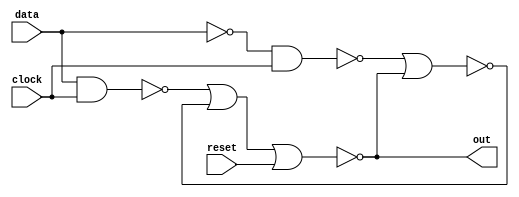
module dLatch(out,data,clock,reset);

	output out;
	input data, clock ,reset;

	wire w0, w1, w2, out_bar;

	not (w0, data);
	nand (w1, data, clock);
	nand (w2, w0, clock);
	nor (out, w1, out_bar, reset);
	nor (out_bar, w2, out);

endmodule
/*
module test_bench;
	wire Q;
	reg data, clock, reset;
	// Instantiating module dLatch
	dLatch inst(Q, d, clk, reset);
	initial
		begin
			reset = 1'b1;
			clock = 1'b0;
			//Set delay 
			#4
			data = 1'b0;
			reset = 1'b0;
			//Set delay
			#4
			data = 1'b0;
			#4
			data = 1'b1;
			#4
			data = 1'b0;
			// What does "finish" do ?
			#8 $finish;
		end
		always 
		#2 clock = ~clock;
		initial
		// $display($time," Data = %d, Clock = %d output = %d", data, clock, Q);
		$monitor($time," d = %b q = %b",data,Q);
endmodule*/